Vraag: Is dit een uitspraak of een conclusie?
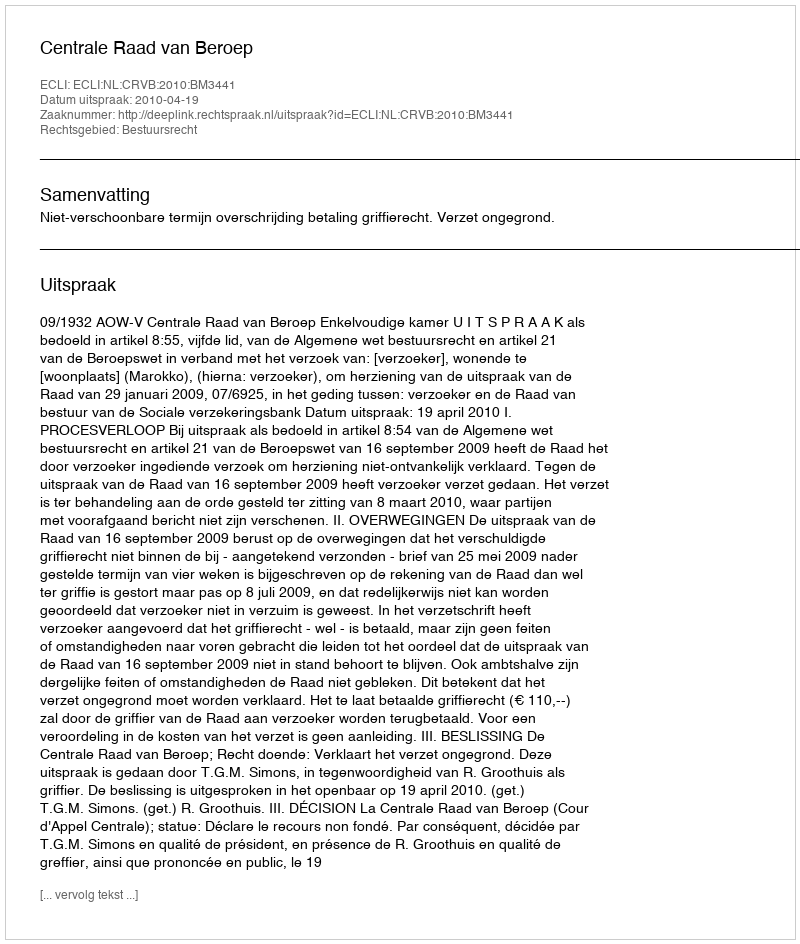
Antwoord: Uitspraak